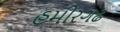
હમીરગઢ